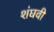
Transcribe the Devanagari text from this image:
शंघवी